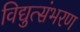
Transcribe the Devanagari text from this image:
विद्युत्संभरण